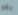
يكن